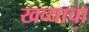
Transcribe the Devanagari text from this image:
खव्याचा